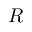
R